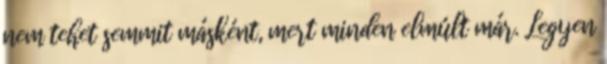
nem tehet semmit másként, mert minden elmúlt már. Legyen